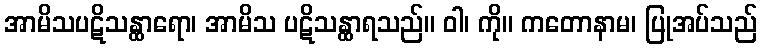
အာမိသပဋိသန္ထာရော၊ အာမိသ ပဋိသန္ထာရသည်။ ဝါ၊ ကို။ ကတောနာမ၊ ပြုအပ်သည်